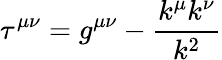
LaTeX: \tau^{\mu\nu}=g^{\mu\nu}-\frac{k^{\mu}k^{\nu}}{k^{2}}